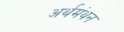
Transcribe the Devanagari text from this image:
अर्थमंथन